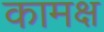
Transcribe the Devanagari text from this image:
कामक्ष